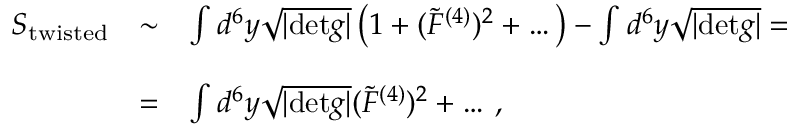
\begin{array} { r c l } { { S _ { \mathrm { t w i s t e d } } } } & { { \sim } } & { { \int d ^ { 6 } y \sqrt { | \mathrm { d e t } g | } \left( 1 + ( { \tilde { \cal F } } ^ { ( 4 ) } ) ^ { 2 } + \dots \right) - \int d ^ { 6 } y \sqrt { | \mathrm { d e t } g | } = } } \\ { { } } & { { } } & { { } } \\ { { } } & { { = } } & { { \int d ^ { 6 } y \sqrt { | \mathrm { d e t } g | } ( { \tilde { \cal F } } ^ { ( 4 ) } ) ^ { 2 } + \dots \, , } } \end{array}